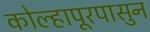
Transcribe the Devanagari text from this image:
कोल्हापूरपासुन